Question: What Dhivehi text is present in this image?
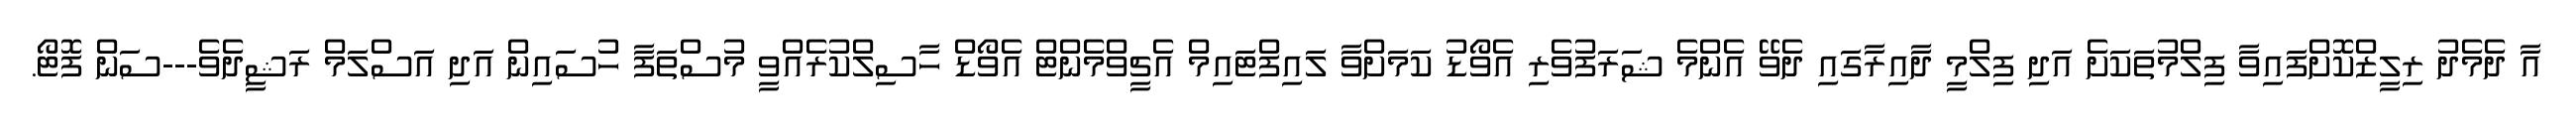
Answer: އާ ދެމެދު ރިލީޒްކޮށްފައިވާ ފިލްމުތަކަށެ އަދި ފިލްމީ ދާއިރާގައި ދެވޭ އެންމެ ޝަރަފުވެރި އެވޯޑު ކަމަށްވާ ލައިފްޓައިމް އެޗީވްމެންޓް އެވޯޑް ހާސިލްކުރެއްވީ މުސްތަފާ ހުސައިން އަދި އަސްލަމް ރަޝީދެވެ---ސަން ފޮޓޯ.